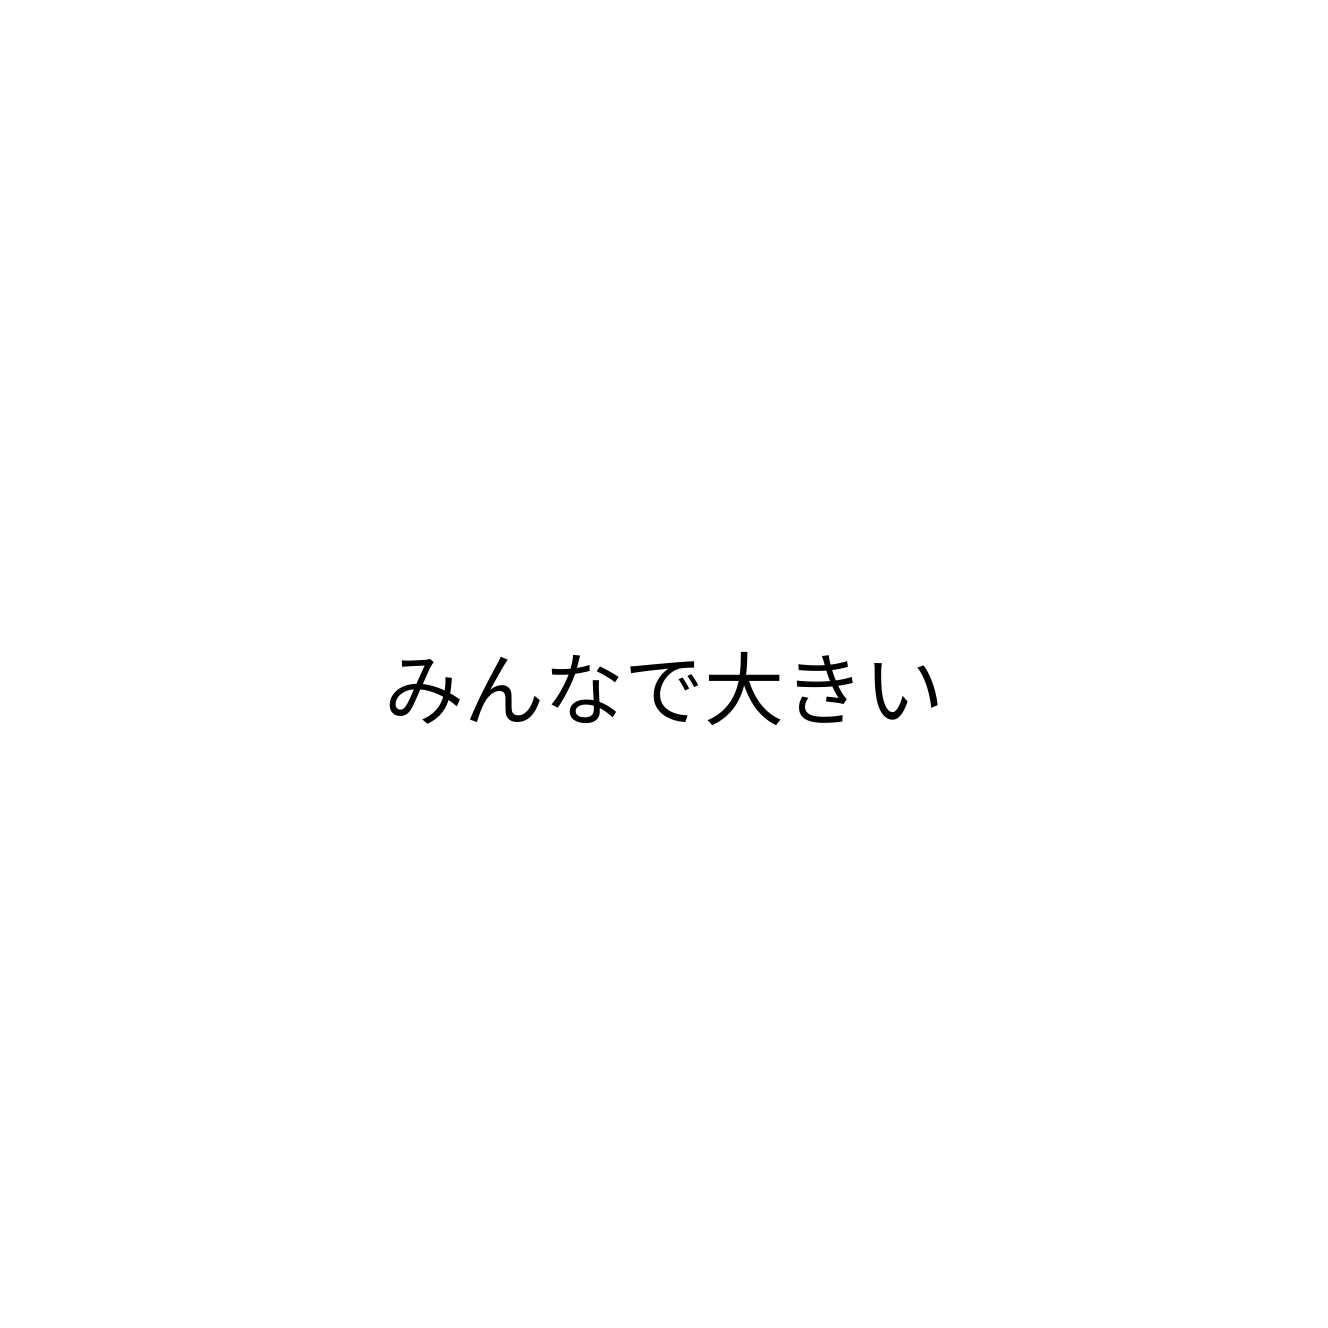
みんなで大きい